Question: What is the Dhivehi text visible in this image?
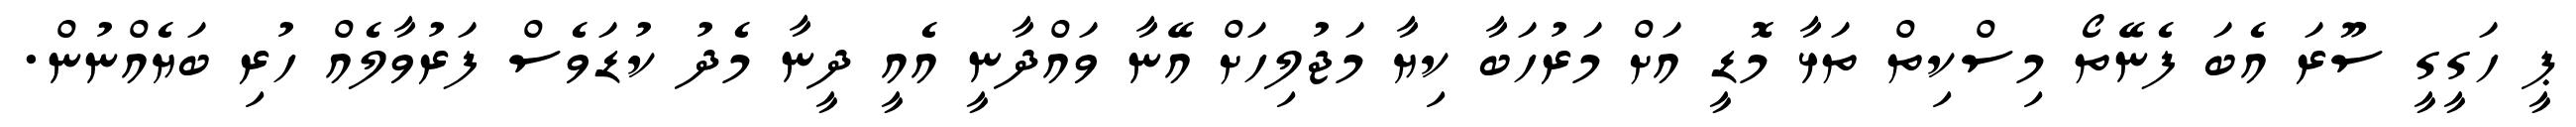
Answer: ޕީ ހަގީގީ ސޫރަ އެބަ ފެނޭތޯ މިސްކިތް ތަޅާ މޮޑީ އަށް މަރުހަބާ ކިޔާ މަޖުލިހަށް އޭނާ ވައްދާނީ އެއީ ދީނާ މެދު ކުޑަވެސް ފަރުވާލެއް ހުރި ބަޔެއްނުން.